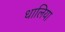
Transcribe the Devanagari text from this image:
धालिया